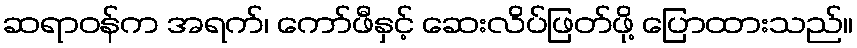
ဆရာဝန်က အရက်၊ ကော်ဖီနှင့် ဆေးလိပ်ဖြတ်ဖို့ ပြောထားသည်။